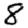
Digit: 8